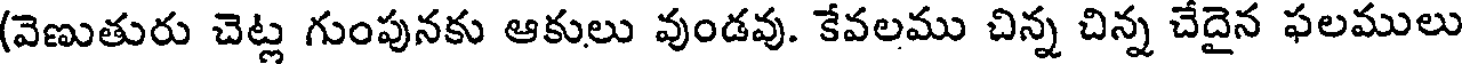
(వెణుతురు చెట్ల గుంపునకు ఆకులు వుండవు. కేవలము చిన్న చిన్న చేదైన ఫలములు